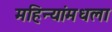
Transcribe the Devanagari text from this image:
महिन्यांमधला